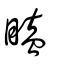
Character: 瞌